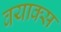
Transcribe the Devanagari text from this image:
वयाक्स